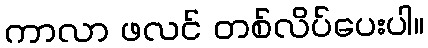
ကာလာ ဖလင် တစ်လိပ်ပေးပါ။